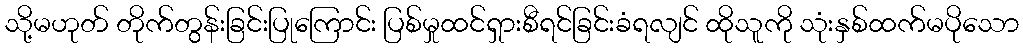
သို့မဟုတ် တိုက်တွန်းခြင်းပြုကြောင်း ပြစ်မှုထင်ရှားစီရင်ခြင်းခံရလျင် ထိုသူကို သုံးနှစ်ထက်မပိုသော